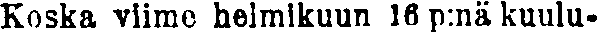
Koska viime helmikuun 16 p:nä kuulu-